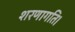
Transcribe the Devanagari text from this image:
शरणागति।